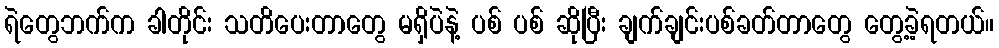
ရဲတွေဘက်က ခါတိုင်း သတိပေးတာတွေ မရှိပဲနဲ့ ပစ် ပစ် ဆိုပြီး ချက်ချင်းပစ်ခတ်တာတွေ တွေ့ခဲ့ရတယ်။